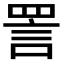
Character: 詈